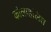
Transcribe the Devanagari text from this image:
कोलाहलित